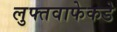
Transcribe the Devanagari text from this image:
लुफ्तवाफेकडे